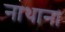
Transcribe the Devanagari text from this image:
नाथाना